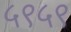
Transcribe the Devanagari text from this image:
५९५९